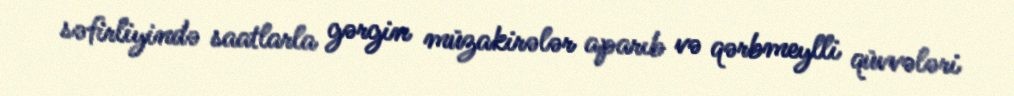
səfirliyində saatlarla gərgin müzakirələr aparıb və qərbmeylli qüvvələri